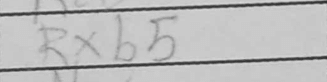
Transcription: Rxb5